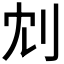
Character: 𠛌